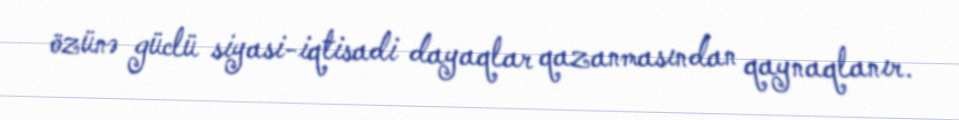
özünə güclü siyasi-iqtisadi dayaqlar qazanmasından qaynaqlanır.